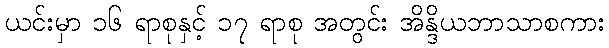
ယင်းမှာ ၁၆ ရာစုနှင့် ၁၇ ရာစု အတွင်း အိန္ဒိယဘာသာစကား